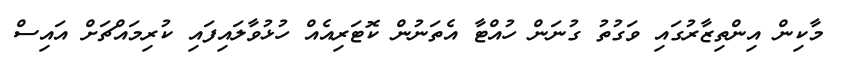
މާކިން އިންތިޒާރުގައި ވަގުތު ގުނަން ހުއްޓާ އެތަނުން ކޮޓަރިއެއް ހުޅުވާލައިފައި ކުރިމައްޗަށް އައިސް